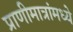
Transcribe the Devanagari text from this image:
प्राणीमात्रांमध्ये